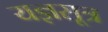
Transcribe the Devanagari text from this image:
यज्ञसूत्र